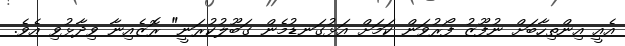
އެއީ އިންތިހާބަށް ނުފޫޒު ފޯރުވަން ކަމަށް އަޅުގަނޑުމެން ގަބޫލުކުރަނީ" ރޮޒެއިނާ ވިދާޅުވި އެވެ.